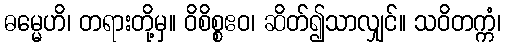
ဓမ္မေဟိ၊ တရားတို့မှ။ ဝိစိစ္စဧဝ၊ ဆိတ်၍သာလျှင်။ သဝိတက္ကံ၊